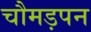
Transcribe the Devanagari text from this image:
चौमड़पन